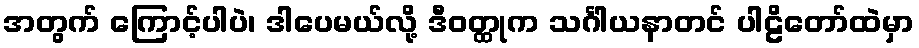
အတွက် ကြောင့်ပါပဲ၊ ဒါပေမယ်လို့ ဒီဝတ္ထုက သင်္ဂါယနာတင် ပါဠိတော်ထဲမှာ